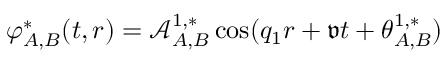
{ \varphi } _ { A , B } ^ { * } ( t , r ) = \mathcal { A } _ { A , B } ^ { 1 , * } \cos ( q _ { 1 } r + \mathfrak { v } t + \theta _ { A , B } ^ { 1 , * } )